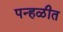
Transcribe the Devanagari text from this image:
पन्हळीत